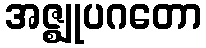
အဇ္ဈုပဂတော